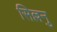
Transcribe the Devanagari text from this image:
सिल्लनु